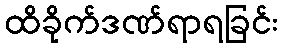
ထိခိုက်ဒဏ်ရာရခြင်း